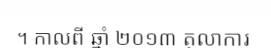
។ កាលពី ឆ្នាំ ២០១៣ តុលាការ